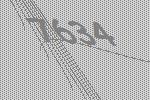
7634